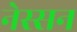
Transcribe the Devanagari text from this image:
नेस्‍सन